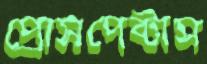
প্রোসপেক্টাস